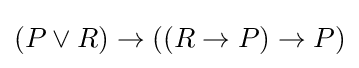
(P\lor R)\to ((R\to P)\to P)